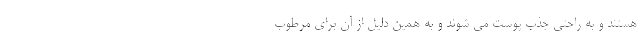
هستند و به راحتی جذب پوست می ‌شوند و به همین دلیل از آن برای مرطوب